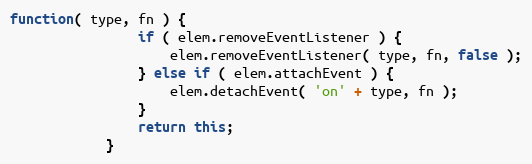
Language: JavaScript
function( type, fn ) {
                if ( elem.removeEventListener ) {
                    elem.removeEventListener( type, fn, false );
                } else if ( elem.attachEvent ) {
                    elem.detachEvent( 'on' + type, fn );
                }
                return this;
            }